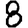
Digit: 8